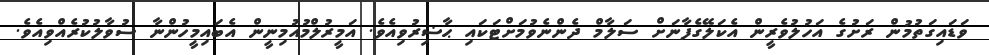
ވަޑައިގަތުމުން ރަށުގެ އަހުލުވެރީން އެކަލޭގެފާނަށް ސަލާމް ދެންނެވުމަށްޓަކައި ޙާޟިރުވިއެވެ. އަމީރުލްމުއުމިނީން އެބައިމީހުންނާ ސުވާލުކުރެއްވިއެވެ.